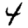
Digit: 4